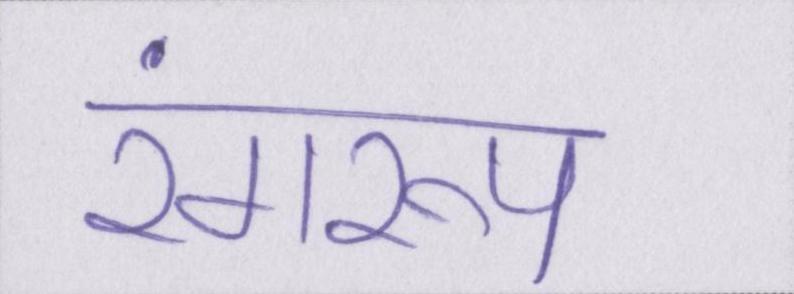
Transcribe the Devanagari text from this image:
रंगरूप